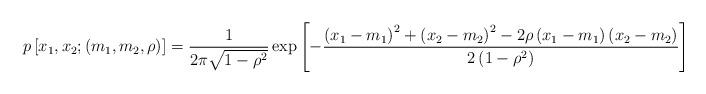
LaTeX: \begin{align*}p\left[x_1,x_2;(m_1,m_2,\rho)\right] = \frac{1}{2\pi\sqrt{1-\rho^2}} \exp \left[-\frac{\left(x_1-m_1\right)^2 + \left(x_2 - m_2\right)^2 - 2\rho \left(x_1-m_1\right)\left(x_2 - m_2\right)}{2\left(1- \rho^2\right)} \right]\end{align*}